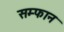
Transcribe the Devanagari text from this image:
सम्फान